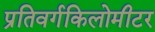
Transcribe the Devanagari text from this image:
प्रतिवर्गकिलोमीटर